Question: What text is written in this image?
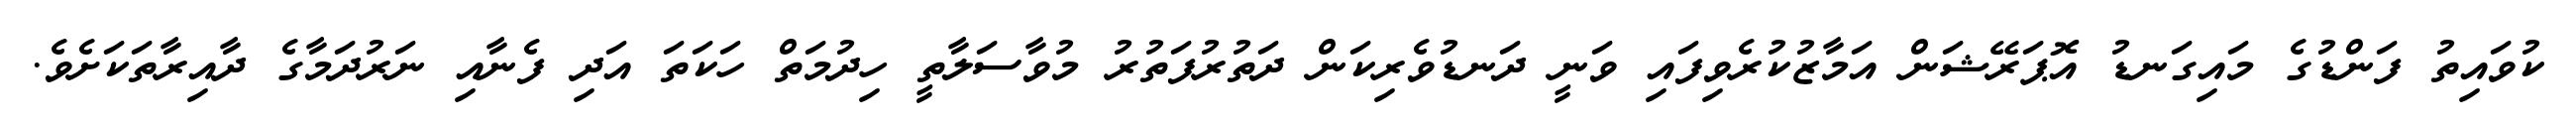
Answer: ކުވައިތު ފަންޑުގެ މައިގަނޑު އޮޕަރޭޝަން އަމާޒުކުރެވިފައި ވަނީ ދަނޑުވެރިކަން ދަތުރުފަތުރު މުވާސަލާތީ ހިދުމަތް ހަކަތަ އަދި ފެނާއި ނަރުދަމާގެ ދާއިރާތަކަށެވެ.